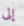
إلى